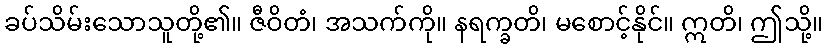
ခပ်သိမ်းသောသူတို့၏။ ဇီဝိတံ၊ အသက်ကို။ နရက္ခတိ၊ မစောင့်နိုင်။ ဣတိ၊ ဤသို့။